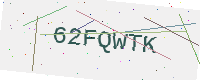
Text: 62FQWTK